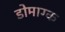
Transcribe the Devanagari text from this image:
डोमाग्क